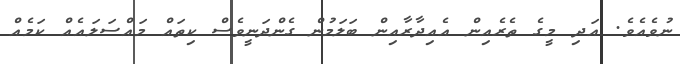
ނުވެއެވެ. އަދި މީގެ ތެރެއިން އެއިދާރާއިން ބަލަމުން ގެންދަނީވެސް ކިތައް މައްސަލައެއް ކަމެއް